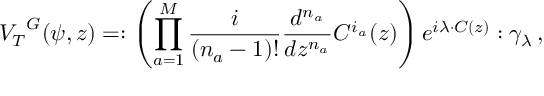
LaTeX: { V _ { T } } ^ { G } ( \psi , z ) = : \left( \prod _ { a = 1 } ^ { M } { \frac { i } { ( n _ { a } - 1 ) ! } } { \frac { d ^ { n _ { a } } } { d z ^ { n _ { a } } } } C ^ { i _ { a } } ( z ) \right) e ^ { i \lambda \cdot C ( z ) } : \gamma _ { \lambda } \, ,